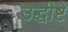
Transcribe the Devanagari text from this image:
उद्धीष्टे